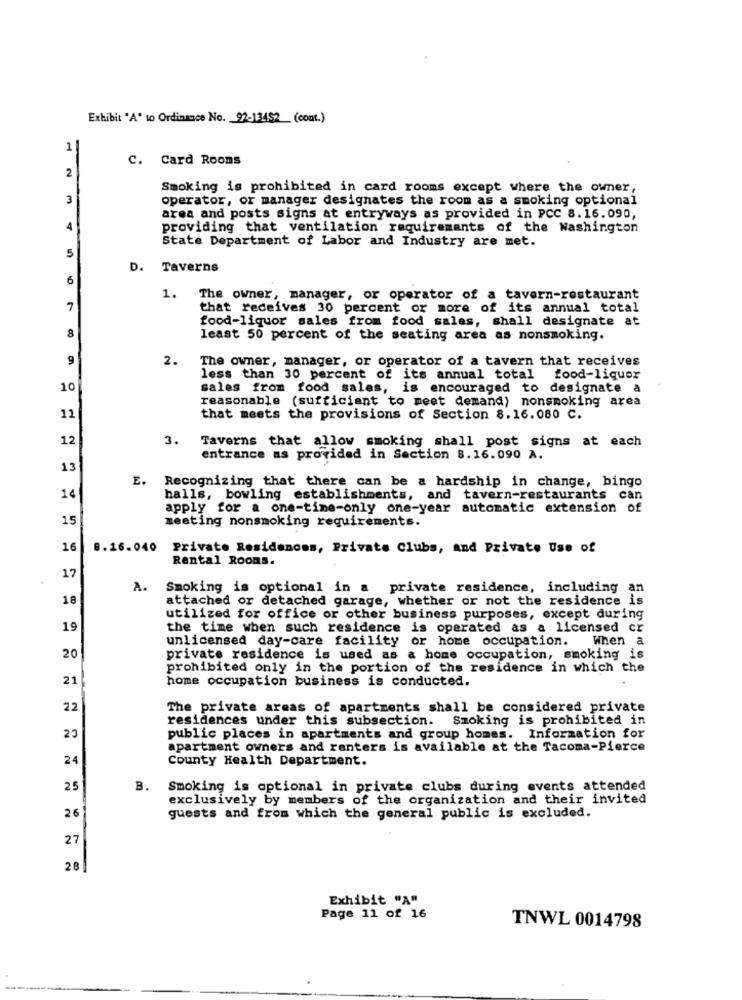
Exhibit "A" to Ordinance No. 92-13452 (cont.)
1
C. Card Rooms
2
Smoking is prohibited in card rooms except where the owner,
3
operator, or manager designates the room as a smoking optional
area and posts signs at entryways as provided in PCC 8.16.090,
4
providing that ventilation requirements of the Washington
State Department of Labor and Industry are met.
5
D.
Taverns
6
1.
The owner, manager, or operator of a tavern-restaurant
7
that receives 30 percent or more of its annual total
food-liquor sales from food sales, shall designate at
8
least 50 percent of the seating area as nonsmoking.
9
2.
The owner, manager, or operator of a tavern that receives
less than 30 percent of its annual total food-liquor
10
sales from food sales, is encouraged to designate a
reasonable (sufficient to meet demand) nonsmoking area
12
that meets the provisions of Section 8.16.080 C.
12
3.
Taverns that allow smoking shall post signs at each
entrance as provided in Section 8.16.090 A.
13
E.
Recognizing that there can be a hardship in change, bingo
halls, bowling establishments, and tavern-restaurants can
apply for a one-time-only one-year automatic extension of
15
meeting nonsmoking requirements.
16
8.16.040
Private Residences, Private Clubs, and Private Use of
Rental Rooms.
17
A.
Smoking is optional in a private residence, including an
18
attached or detached garage, whether or not the residence is
utilized for office or other business purposes, except during
19
the time when such residence is operated as a licensed cr
unlicensed day-care facility or home occupation. When a
20
private residence is used as a home occupation, smoking is
prohibited only in the portion of the residence in which the
21
home occupation business is conducted.
22
The private areas of apartments shall be considered private
residences under this subsection. Smoking is prohibited in
23
public places in apartments and group homes. Information for
apartment owners and renters is available at the Tacoma-Pierce
24
County Health Department.
25
B. Smoking is optional in private clubs during events attended
exclusively by members of the organization and their invited
26
guests and from which the general public is excluded.
27
28
Exhibit "A"
Page 11 of 16
TNWL 0014798